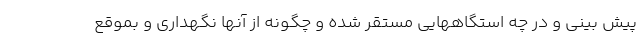
پیش بینی و در چه استگاههایی مستقر شده و چگونه از آنها نگهداری و بموقع